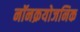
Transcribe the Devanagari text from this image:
नॉनक्रयोजनिक